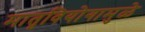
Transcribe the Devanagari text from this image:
मातृवियोगामुळे